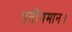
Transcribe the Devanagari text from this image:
प्रतीयमान।